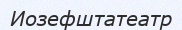
Иозефштатеатр